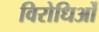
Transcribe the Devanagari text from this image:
विरोधिओं